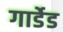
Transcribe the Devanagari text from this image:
गार्डेड